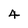
Character: 4